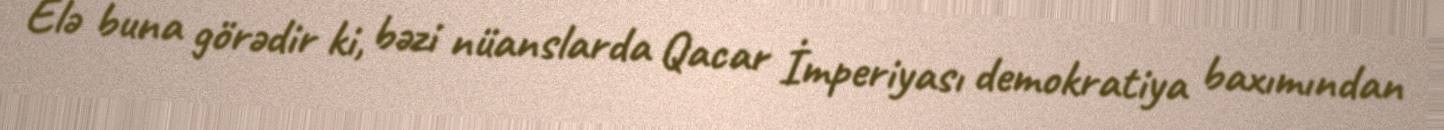
Elə buna görədir ki, bəzi nüanslarda Qacar İmperiyası demokratiya baxımından